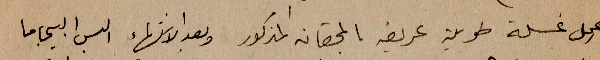
اعمل غسلة طويلة عريضة بالمحقان المذكور وبعد الانتهاء البس البيجاما